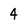
Character: 4